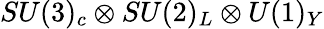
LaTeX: SU(3)_{c}\otimes SU(2)_{L}\otimes U(1)_{Y}